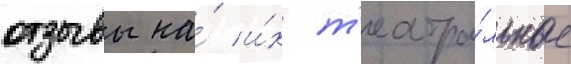
отзывы на́ и́х т'еатра́льные